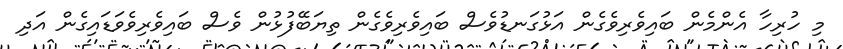
މި ހުރިހާ އެންމެން ބައިވެރިވެގެން އަޅުގަނޑުވެސް ބައިވެރިވެގެން ތިޔަބޭފުޅުން ވެސް ބައިވެރިވެވަޑައިގެން އަދި